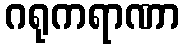
ဂရုကရာဏာ